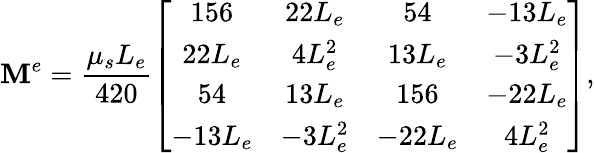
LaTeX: \mathbf{M}^{e}=\frac{\mu_{s}L_{e}}{420}\left[\begin{array}{cccc}{156}&{22L_{e}}&{54}&{-13L_{e}}\\ {22L_{e}}&{4L_{e}^{2}}&{13L_{e}}&{-3L_{e}^{2}}\\ {54}&{13L_{e}}&{156}&{-22L_{e}}\\ {-13L_{e}}&{-3L_{e}^{2}}&{-22L_{e}}&{4L_{e}^{2}}\end{array}\right],